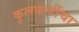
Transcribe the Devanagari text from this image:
कुलकर्णीचा